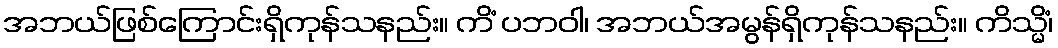
အဘယ်ဖြစ်ကြောင်းရှိကုန်သနည်း။ ကိံ ပဘဝါ၊ အဘယ်အမွန်ရှိကုန်သနည်း။ ကိသ္မိံ၊